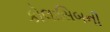
કોલાસિબની